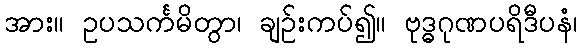
အား။ ဥပသင်္ကမိတွာ၊ ချဉ်းကပ်၍။ ဗုဒ္ဓဂုဏပရိဒီပနံ၊